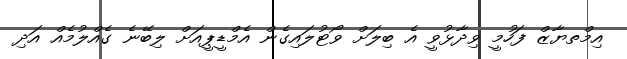
އިމްތޔާޒް ފަހުމީ ވިދާޅުވީ އެ ބިލަށް ވޯޓުލައިގެން އެމްޑީޕީއަށް ލިބޭނެ ގެއްލުމެއް އަދި